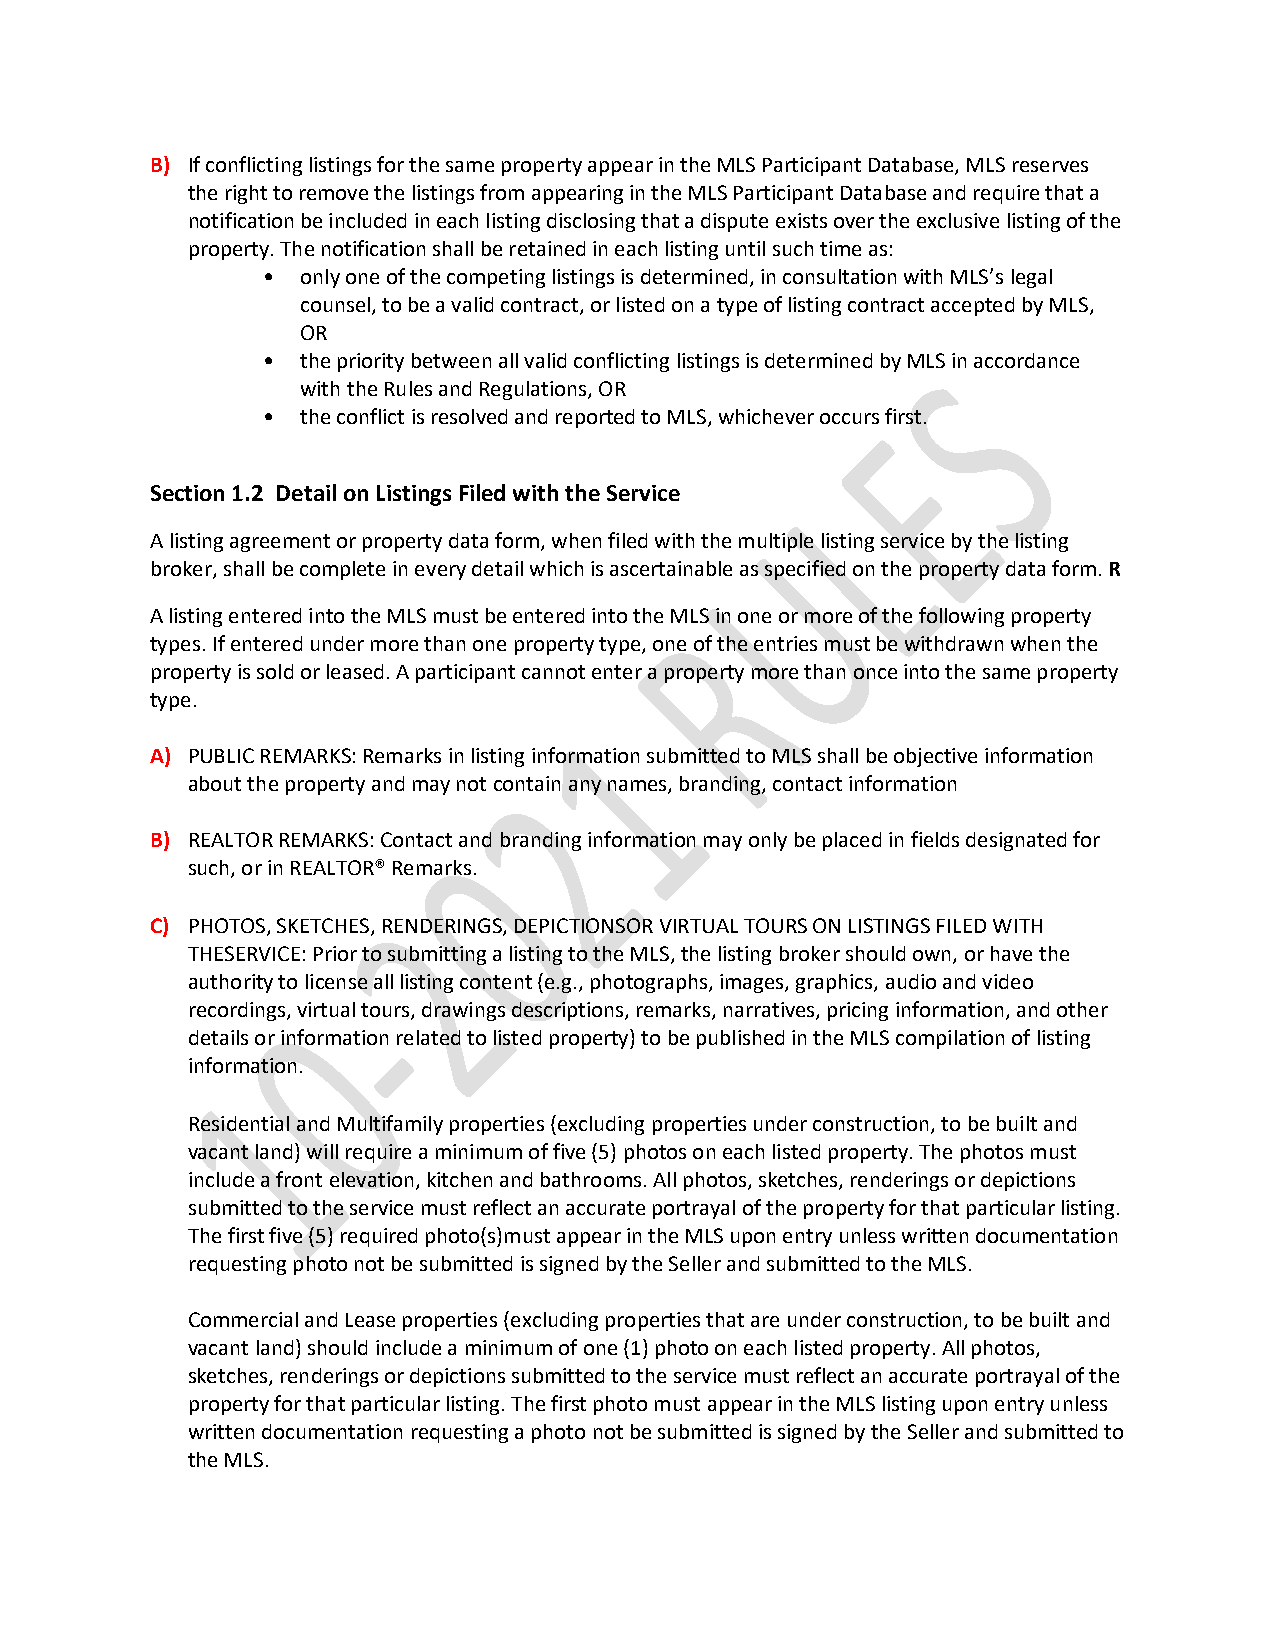
B) If conflicting listings for the same property appear in the MLS Participant Database, MLS reserves
 the right to remove the listings from appearing in the MLS Participant Database and require that a
 notification be included in each listing disclosing that a dispute exists over the exclusive listing of the
 property. The notification shall be retained in each listing until such time as:
 •  only one of the competing listings is determined, in consultation with MLS’s legal
 counsel, to be a valid contract, or listed on a type of listing contract accepted by MLS,
 OR
 •  the priority between all valid conflicting listings is determined by MLS in accordance
 with the Rules and Regulations, OR
 •  the conflict is resolved and reported to MLS, whichever occurs first.
 Section 1.2 Detail on Listings Filed with the Service
 A listing agreement or property data form, when filed with the multiple listing service by the listing
 broker, shall be complete in every detail which is ascertainable as specified on the property data form. R
 A listing entered into the MLS must be entered into the MLS in one or more of the following property
 types. If entered under more than one property type, one of the entries must be withdrawn when the
 property is sold or leased. A participant cannot enter a property more than once into the same property
 type.
 A) PUBLIC REMARKS: Remarks in listing information submitted to MLS shall be objective information
 about the property and may not contain any names, branding, contact information
 B) REALTOR REMARKS: Contact and branding information may only be placed in fields designated for
 such, or in REALTOR® Remarks.
 C) PHOTOS, SKETCHES, RENDERINGS, DEPICTIONSOR VIRTUAL TOURS ON LISTINGS FILED WITH
 THESERVICE: Prior to submitting a listing to the MLS, the listing broker should own, or have the
 authority to license all listing content (e.g., photographs, images, graphics, audio and video
 recordings, virtual tours, drawings descriptions, remarks, narratives, pricing information, and other
 details or information related to listed property) to be published in the MLS compilation of listing
 information.
 Residential and Multifamily properties (excluding properties under construction, to be built and
 vacant land) will require a minimum of five (5) photos on each listed property. The photos must
 include a front elevation, kitchen and bathrooms. All photos, sketches, renderings or depictions
 submitted to the service must reflect an accurate portrayal of the property for that particular listing.
 The first five (5) required photo(s)must appear in the MLS upon entry unless written documentation
 requesting photo not be submitted is signed by the Seller and submitted to the MLS.
 Commercial and Lease properties (excluding properties that are under construction, to be built and
 vacant land) should include a minimum of one (1) photo on each listed property. All photos,
 sketches, renderings or depictions submitted to the service must reflect an accurate portrayal of the
 property for that particular listing. The first photo must appear in the MLS listing upon entry unless
 written documentation requesting a photo not be submitted is signed by the Seller and submitted to
 the MLS.